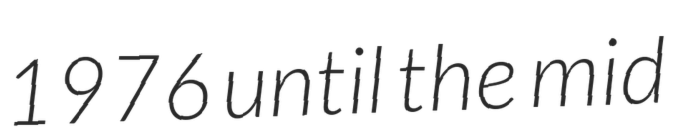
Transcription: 1976 until the mid